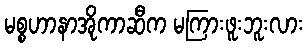
မစ္စဟာနာအိုကာဆီက မကြားဖူးဘူးလား